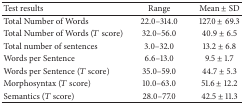
<table><thead><tr><td><b>Test results</b></td><td><b>Range</b></td><td><b>Mean ± SD</b></td></tr></thead><tbody><tr><td>Total Number of Words</td><td>22.0–314.0 </td><td>127.0 ± 69.3</td></tr><tr><td>Total Number of Words (<i>T</i> score)</td><td>32.0–56.0 </td><td>40.9 ± 6.5</td></tr><tr><td>Total number of sentences</td><td>3.0–32.0 </td><td>13.2 ± 6.8</td></tr><tr><td>Words per Sentence</td><td>6.6–13.0 </td><td>9.5 ± 1.7</td></tr><tr><td>Words per Sentence (<i>T</i> score)</td><td>35.0–59.0 </td><td>44.7 ± 5.3</td></tr><tr><td>Morphosyntax (<i>T</i> score)</td><td>10.0–63.0 </td><td>51.6 ± 12.2</td></tr><tr><td>Semantics (<i>T</i> score)</td><td>28.0–77.0 </td><td>42.5 ± 11.3</td></tr></tbody></table>